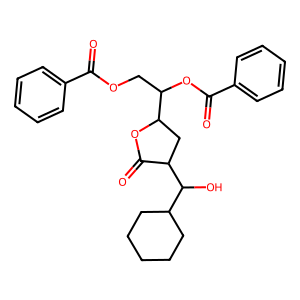
SMILES: O=C(OCC(OC(=O)c1ccccc1)C1CC(C(O)C2CCCCC2)C(=O)O1)c1ccccc1
Inhibits HIV replication: No